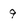
Character: 9